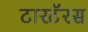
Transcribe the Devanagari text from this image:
टारटॅरस